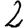
Digit: 2